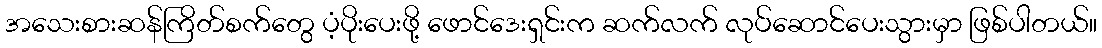
အသေးစားဆန်ကြိတ်စက်တွေ ပံ့ပိုးပေးဖို့ ဖောင်ဒေးရှင်းက ဆက်လက် လုပ်ဆောင်ပေးသွားမှာ ဖြစ်ပါတယ်။